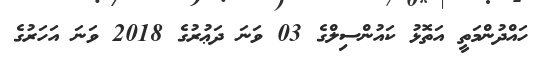
ހައްދުންމަތީ އަތޮޅު ކައުންސިލްގެ 03 ވަނަ ދަޢުރުގެ 2018 ވަނަ އަހަރުގެ